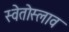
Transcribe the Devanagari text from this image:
स्वेतोस्लाव